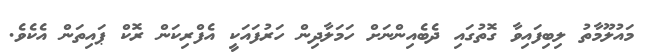
މައުލޫމާތު ލިބިފައިވާ ގޮތުގައި ދެބެއިންނަށް ހަމަލާދިން ހަރުފައަކީ އެފްރިކަން ރޮކް ޕައިތަން އެކެވެ.